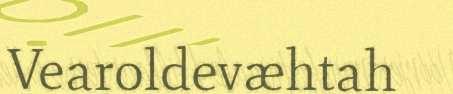
Vearoldevæhtah